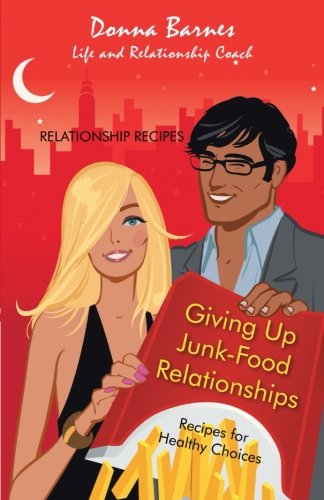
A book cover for Giving Up Junk-Food Relationships: Recipes for Healthy Choices; Donna Barnes; Self-Help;